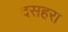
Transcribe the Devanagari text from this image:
दसहरा